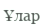
Ұлар